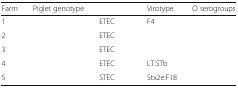
<table><thead><tr><td><b>Farm</b></td><td><b>Piglet genotype</b></td><td>[EMPTY_CELL]</td><td><b>Virotype</b></td><td><b>O serogroups</b></td></tr></thead><tbody><tr><td>1</td><td>[EMPTY_CELL]</td><td>ETEC</td><td>F4</td><td>[EMPTY_CELL]</td></tr><tr><td>2</td><td>[EMPTY_CELL]</td><td>ETEC</td><td>[EMPTY_CELL]</td><td>[EMPTY_CELL]</td></tr><tr><td>3</td><td>[EMPTY_CELL]</td><td>ETEC</td><td>[EMPTY_CELL]</td><td>[EMPTY_CELL]</td></tr><tr><td>4</td><td>[EMPTY_CELL]</td><td>ETEC</td><td>LT:STb</td><td>[EMPTY_CELL]</td></tr><tr><td>5</td><td>[EMPTY_CELL]</td><td>STEC</td><td>Stx2e:F18</td><td>[EMPTY_CELL]</td></tr></tbody></table>